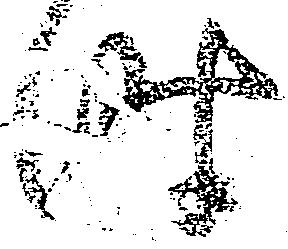
時